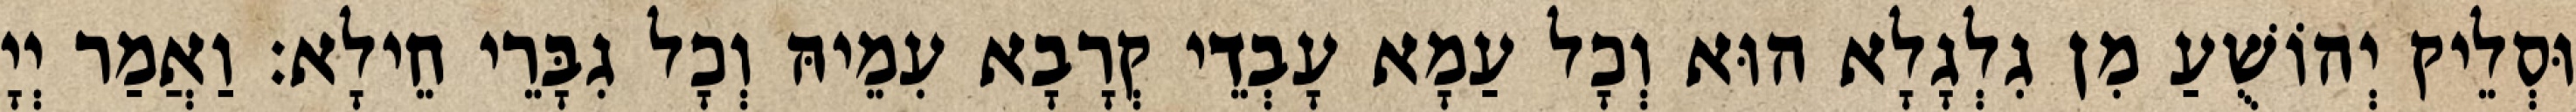
וּסְלֵיק יְהוֹשֻׁעַ מִן גִלְגָלָא הוּא וְכָל עַמָא עָבְדֵי קְרָבָא עִמֵיהּ וְכָל גִבָּרֵי חֵילָא׃ וַאֲמַר יְיָ